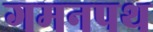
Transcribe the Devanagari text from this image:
गमनपथ